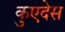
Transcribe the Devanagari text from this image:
कुएदेस